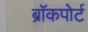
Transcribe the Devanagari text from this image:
ब्रॉकपोर्ट